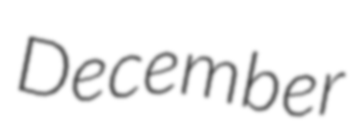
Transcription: December